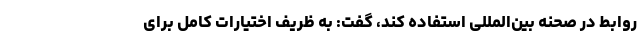
روابط در صحنه بین‌المللی استفاده کند، گفت: به ظریف اختیارات کامل برای